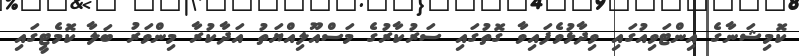
ކޮމިޝަނާގެ އިންޓަވިއުގައި ވިދާޅުވެފައިވާ ގޮތުގައި ސަރުކާރުގެ މަސްއޫލިއްޔަތު އަދާކުރާ މިންވަރު ބަލާ ކޮމެޓީގައި